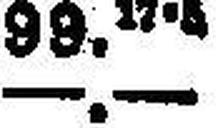
—.—